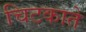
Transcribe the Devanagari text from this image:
चिटकाते